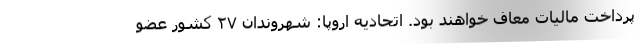
پرداخت مالیات معاف خواهند بود. اتحادیه اروپا: شهروندان ۲۷ کشور عضو